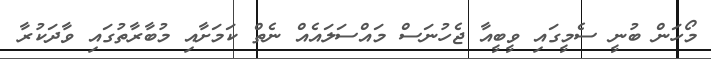
މޯހަން ބުނީ ސެމީގައި ވީބީއާ ޖެހުނަސް މައްސަލައެއް ނެތް ކަމަށާއި މުބާރާތުގައި ވާދަކުރާ